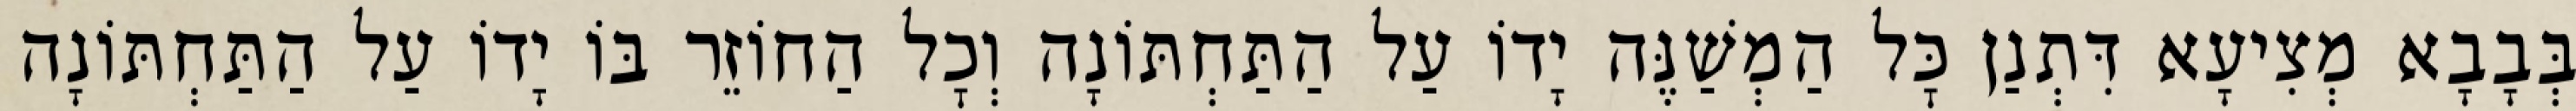
בְּבָבָא מְצִיעָא דִּתְנַן כׇּל הַמְשַׁנֶּה יָדוֹ עַל הַתַּחְתּוֹנָה וְכׇל הַחוֹזֵר בּוֹ יָדוֹ עַל הַתַּחְתּוֹנָה